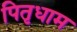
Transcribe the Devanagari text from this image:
पितृधाम